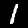
Label: 1